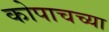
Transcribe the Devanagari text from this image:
कोपाचच्या